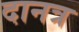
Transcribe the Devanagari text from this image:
दानत्र